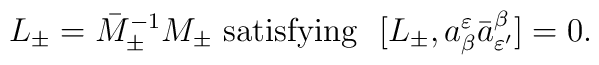
L_\pm=\bar M^{-1}_\pm M_\pm \ \mbox{satisfying} \ \ [L_\pm,a^\varepsilon_\beta\bar a^\beta_{\varepsilon'}]=0.